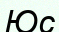
Юс